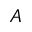
A